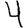
Digit: 4